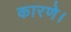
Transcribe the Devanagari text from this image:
कारणे।